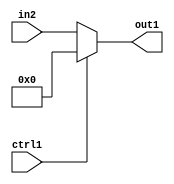
`timescale 1ps / 1ps
/*****************************************************************************
    Verilog RTL Description
    
    
    Created by: Stratus DpOpt 2019.1.01 
*******************************************************************************/

module bias_addr_gen_Muxi0u16u1_4 (
	in2,
	ctrl1,
	out1
	); /* architecture "behavioural" */ 
input [15:0] in2;
input  ctrl1;
output [15:0] out1;
wire [15:0] asc001;

reg [15:0] asc001_tmp_0;
assign asc001 = asc001_tmp_0;
always @ (ctrl1 or in2) begin
	case (ctrl1)
		1'B1 : asc001_tmp_0 = 16'B0000000000000000 ;
		default : asc001_tmp_0 = in2 ;
	endcase
end

assign out1 = asc001;
endmodule

/* CADENCE  uLbyQwE= : u9/ySgnWtBlWxVPRXgAZ4Og= ** DO NOT EDIT THIS LINE ******/